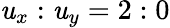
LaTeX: \mathit{u}_{x}:\mathit{u}_{y}=2:0